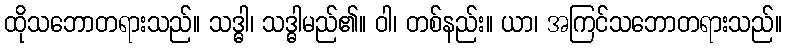
ထိုသဘောတရားသည်။ သဒ္ဓါ၊ သဒ္ဓါမည်၏။ ဝါ၊ တစ်နည်း။ ယာ၊ အကြင်သဘောတရားသည်။